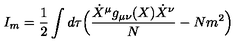
I _ { m } = \frac { 1 } { 2 } \int d \tau \Bigl ( \frac { \dot { X } ^ { \mu } g _ { \mu \nu } ( X ) \dot { X } ^ { \nu } } { N } - N m ^ { 2 } \Bigr )